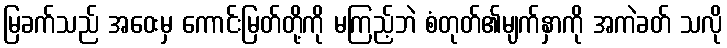
မြခက်သည် အဝေးမှ ကောင်းမြတ်တို့ကို မကြည့်ဘဲ စံတုတ်၏မျက်နှာကို အကဲခတ် သလို